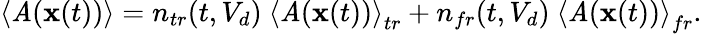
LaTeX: \left\langle\mathit{A}(\mathbf{{x}}(t))\right\rangle=n_{tr}(t,V_{d})\ \left\langle\mathit{A}(\mathbf{{x}}(t))\right\rangle_{tr}+n_{fr}(t,V_{d})\ \left\langle\mathit{A}(\mathbf{{x}}(t))\right\rangle_{fr}.